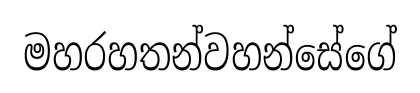
මහරහතන්වහන්සේගේ